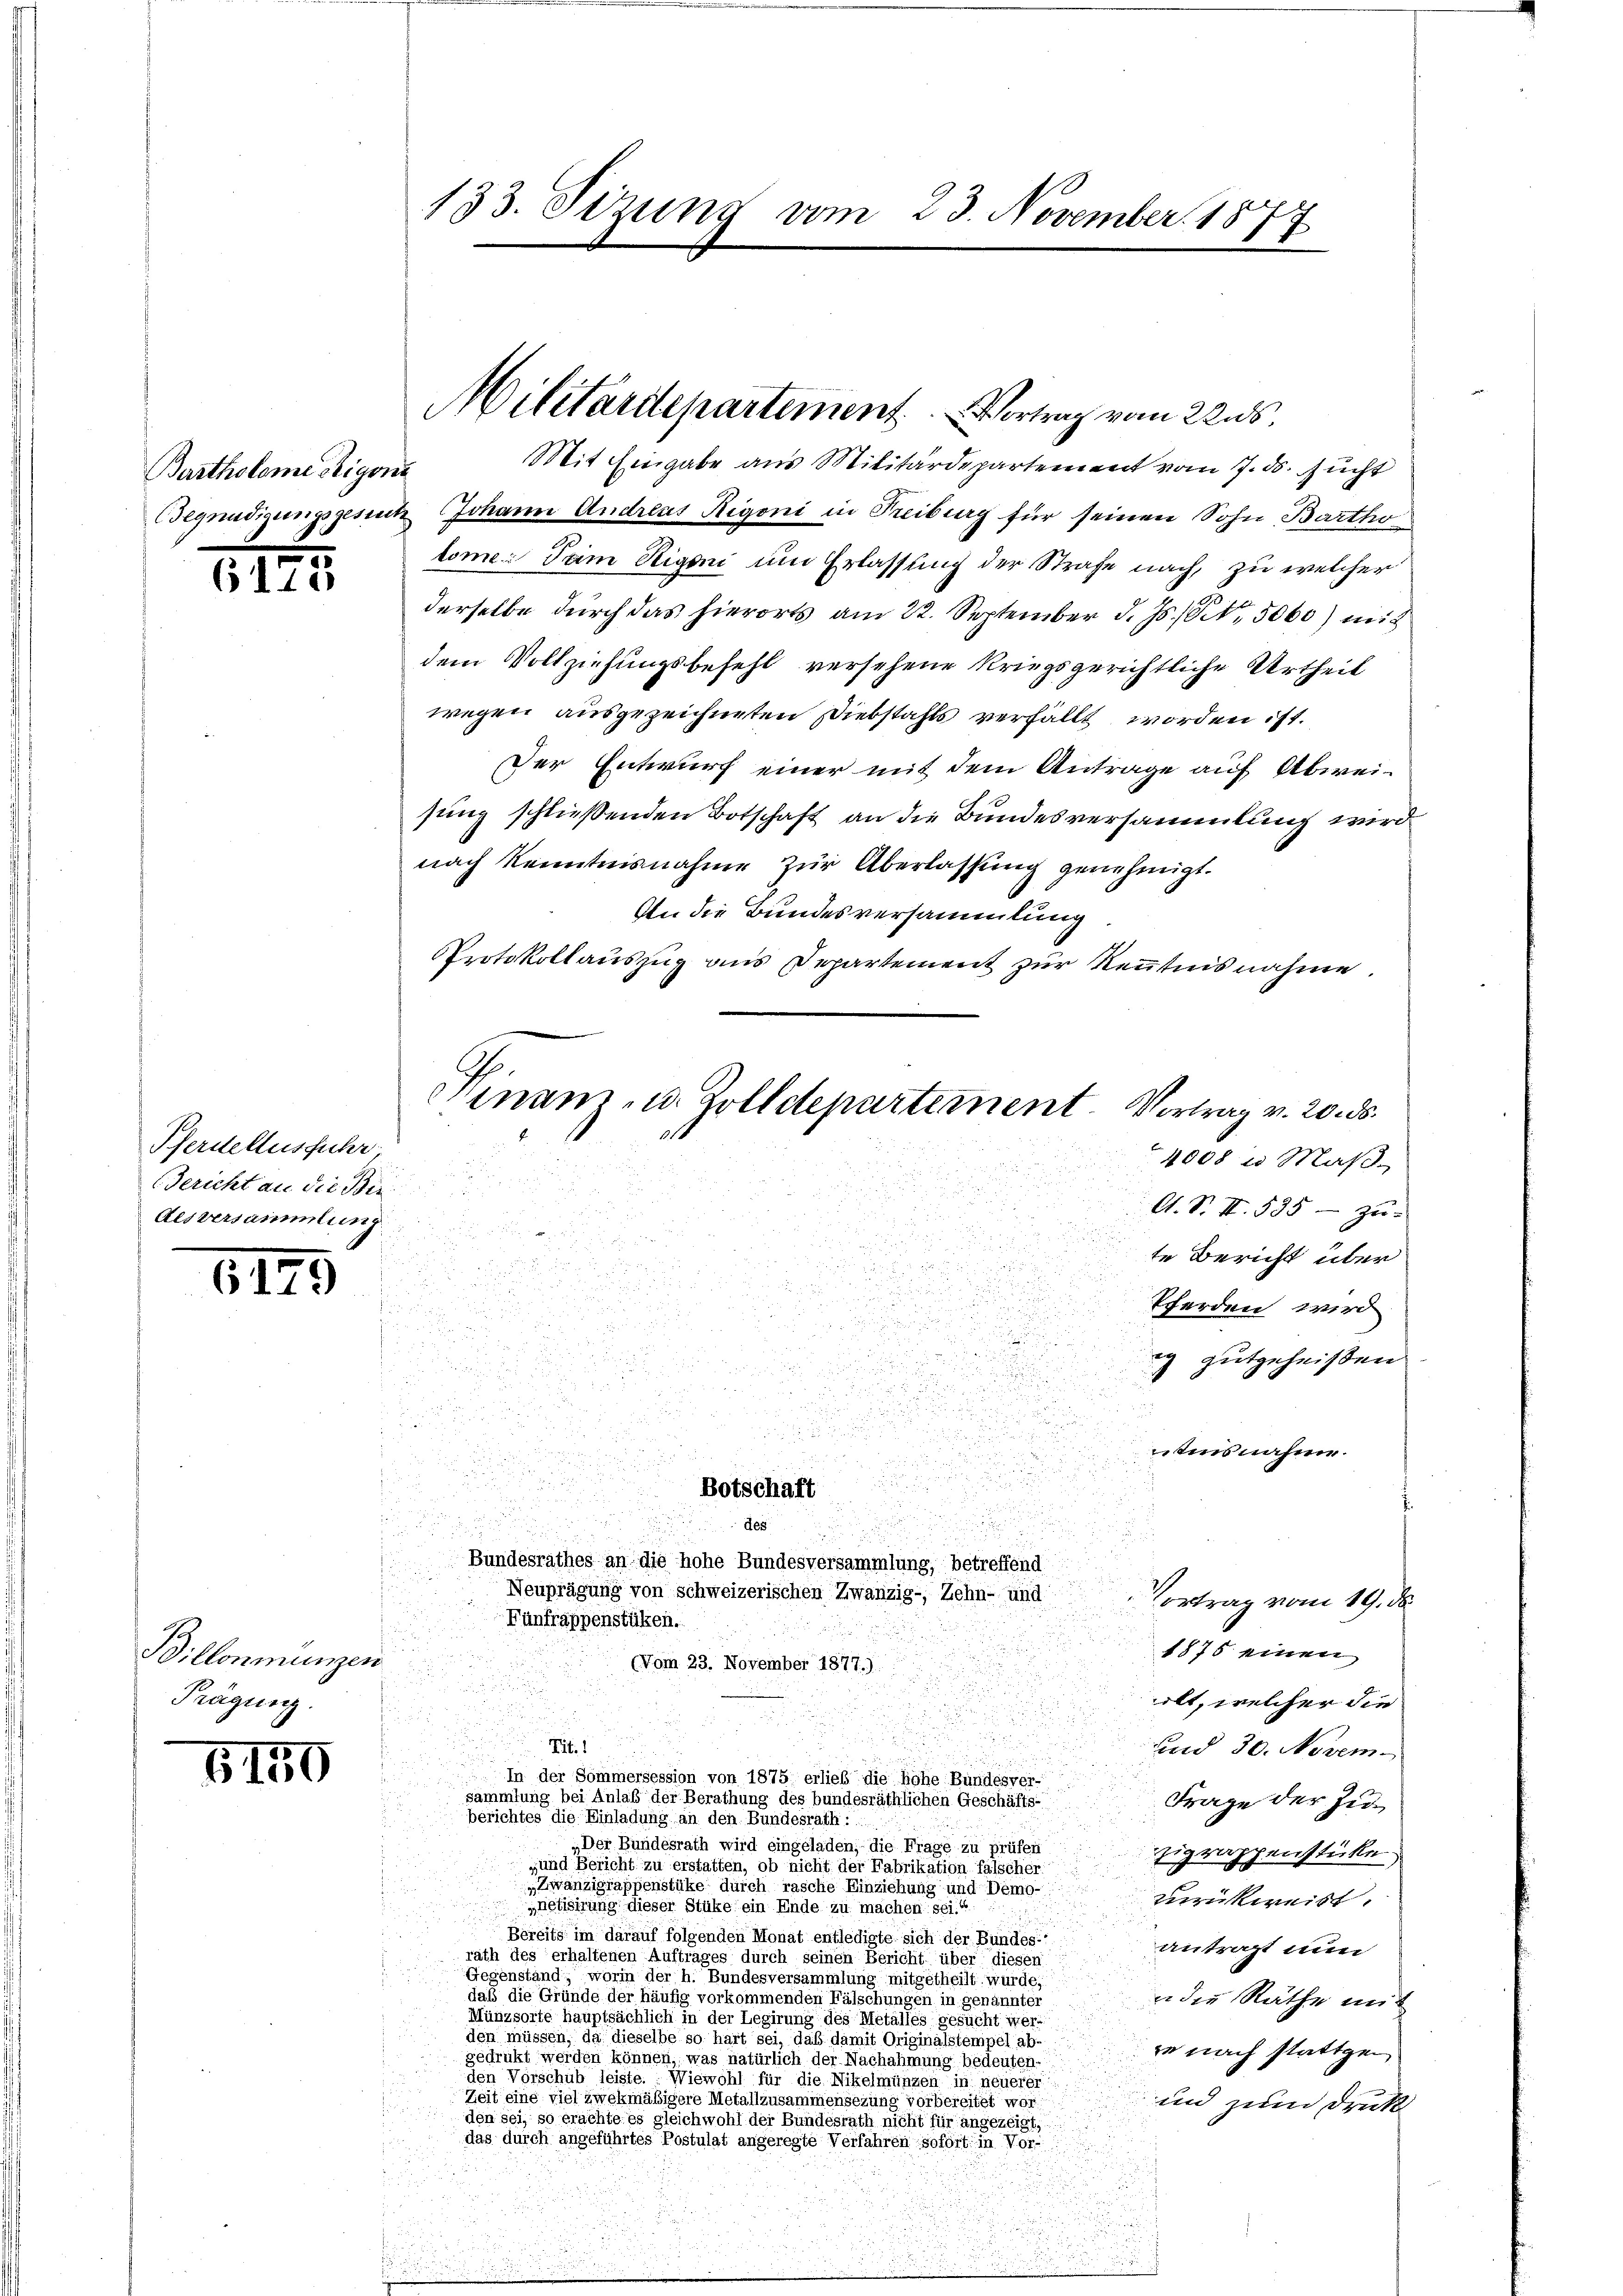
Bartholome Eigens

Pferdellusfuhr,
Gericht an die Bei
Aesversamlung

1199

Billonmünzen
Prägusch.

6150

133. Setzung vom 23. November 1877

.

Mit Eingabe aus Militärdepartement vom 7. ds. sucht
Begnadigungsgesetz Johann Andreas Rigoni in Freiburg für seinen Sohn, Bartho
lome: Tam Stigoni und Erlassung der Strafe nach, zu welcher
derselbe durch das hierorts am 22. September d. Js. 8t. 5060) mit
dem Vollziehungsbefehl versehene kriegsgerichtliche Urtheil
wegen ausgezeichneten Diebstahls verfällt worden ist.
Der Entwurf einer mit dem Antrage auf Abweisung schließenden Botschaft an die Bundesversammlung wird
nach Kenntnisnahme zur Überlassung genehmigt.
An die Bundesversammlung
Protokollauszug aus Departement zur Kenntnisnahme.

Militaritepartement. Vortrag vom 22 s.

inam, u. Zolldepartement. Vortrag v. 20. d.
4008 u Maß
A. S. II 535 - zu-

te Bericht über

d

d
Pferden wird

5

ig gutgeheißen
u
n
tens nahme.

.
Botschaft

Tit. 1
berichtes die Einladung an den Bundesrath:

14

.
e

des

Bundesrathes an die hohe Bundesversammlung, betreffend
Neuprägung von schweizerischen Zwanzig-, Zehn- und
Fünfrappenstüken.
(Vom 23. November 1877.)
i
ilt, welcher die
n

und 30. Novem
In der Sommersession von 1875 erlieb die hohe Bundesver-
sammlung bei Anlaß der Berathung des bundesräthlichen Geschäfts-
Frage der Ju¬
„Der Bundesrath wird eingeladen, die Frage zu prüfen
Eigraphenstücke.
„und Bericht zu erstatten, ob nicht der Fabrikation falscher
„Zwanzigrappenstüke durch rasche Einziehung und Demo-
zurückweist.
netisirung dieser Stüke ein Ende zu machen
Bereits im darauf folgenden Monat entledigte sich der Bundes-
antragt nun
rath des erhaltenen Auftrages durch seinen Bericht über diesen
Gegenstand, worin der h. Bundesversammlung mitgetheilt wurde,
daß die Gründe der häufig vorkommenden Fälschungen in genannter
n die Räthe mit
Münzsorte hauptsächlich in der Legirung des Metalles gesucht werden müssen, da dieselbe so hart sei, daß damit Originalstempel ab-
ze nach stattgen
gedrukt werden können, was natürlich der Nachahmung bedeuten.
den Vorschub leiste. Wiewohl für die Nikelmünzen in neuerer
Zeit eine viel zwekmäßigere Metallzusammensezung vorbereitet wor¬
und zum Druck
den sei, so erachte es gleichwohl der Bundesrath nicht für angezeigt,
das durch angeführtes Postulat angeregte Verfahren sofort in Vor-

Vortrag vom 19. d.
1875 einen